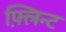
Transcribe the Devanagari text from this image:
फ़्लिन्ट